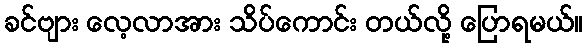
ခင်ဗျား လေ့လာအား သိပ်ကောင်း တယ်လို့ ပြောရမယ်။